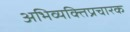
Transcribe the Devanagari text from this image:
अभिव्यक्तिप्रचारक